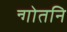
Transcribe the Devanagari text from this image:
न्गोतनि